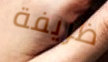
ظريفة